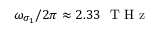
\omega _ { \sigma _ { 1 } } / 2 \pi \approx 2 . 3 3 ~ \mathrm { ~ T ~ H ~ z ~ }